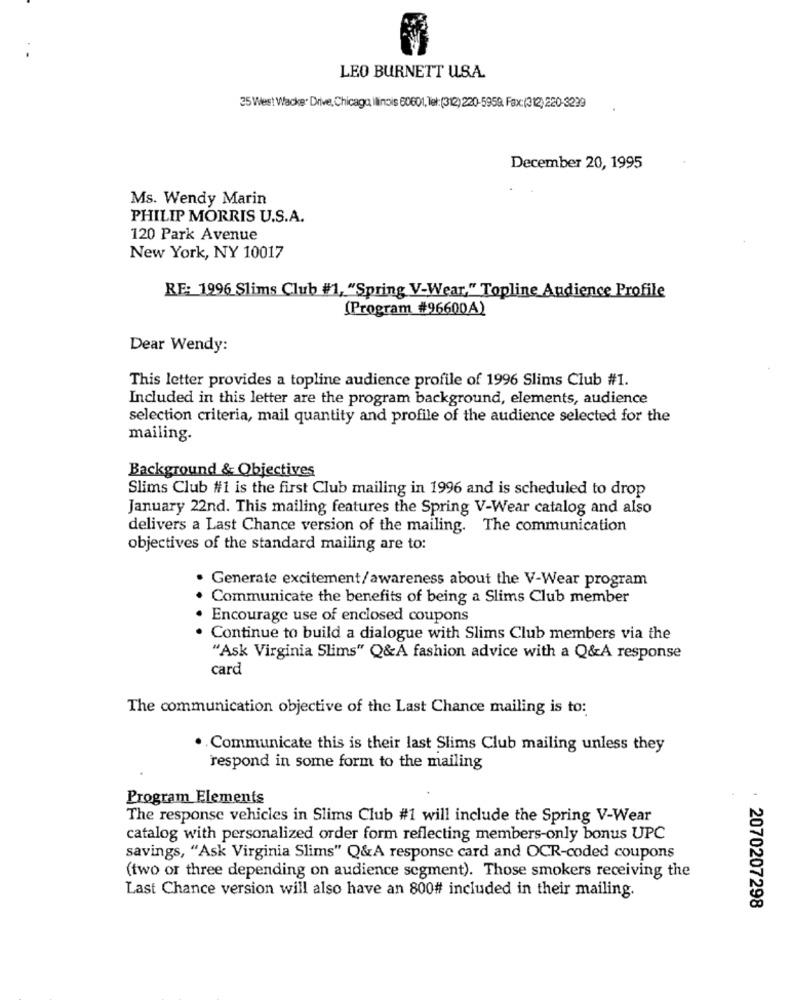
LEO BURNETT U.S.A.
25 West Wacke. Drive, Chicago ilinois 60601, let:(312) 220-5950 Fax:(312) 220-3239
December 20, 1995
Ms. Wendy Marin
PHILIP MORRIS U.S.A.
120 Park Avenue
New York, NY 10017
RE: 1996 Slims Club #1, "Spring V-Wear," Topline Audience Profile
(Program #96600A)
Dear Wendy:
This letter provides a topline audience profile of 1996 Slims Club #1.
Included in this letter are the program background, elements, audience
selection criteria, mail quantity and profile of the audience selected for the
mailing-
Background & Objectives
Slims Club #1 is the first Club mailing in 1996 and is scheduled to drop
January 22nd. This mailing features the Spring V-Wear catalog and also
delivers a Last Chance version of the mailing. The communication
objectives of the standard mailing are to:
Generate excitement/awareness about the V-Wear program
Communicate the benefits of being a Slims Club member
Encourage use of enclosed coupons
Continue to build a dialogue with Slims Club members via the
"Ask Virginia Slims" Q&A fashion advice with a Q&A response
card
The communication objective of the Last Chance mailing is to:
.. Communicate this is their last Slims Club mailing unless they
respond in some form to the mailing
Program Elements
The response vehicles in Slims Club #1 will include the Spring V-Wear
catalog with personalized order form reflecting members-only bonus UPC
savings, "Ask Virginia Slims" Q&A response card and OCR-coded coupons
(two or three depending on audience segment). Those smokers receiving the
Last Chance version will also have an 800# included in their mailing.
2070207298